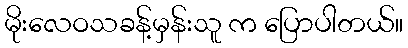
မိုးလေဝသခန့်မှန်းသူ က ပြောပါတယ်။